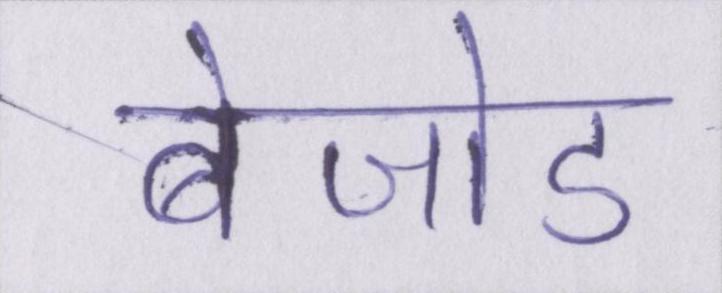
बेजोड